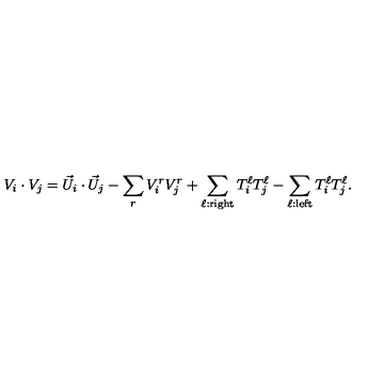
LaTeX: V _ { i } \cdot V _ { j } = { \vec { U } } _ { i } \cdot { \vec { U } } _ { j } - \sum _ { r } V _ { i } ^ { r } V _ { j } ^ { r } + \sum _ { \ell : { \mathrm { r i g h t } } } T _ { i } ^ { \ell } T _ { j } ^ { \ell } - \sum _ { \ell : { \mathrm { l e f t } } } T _ { i } ^ { \ell } T _ { j } ^ { \ell } .